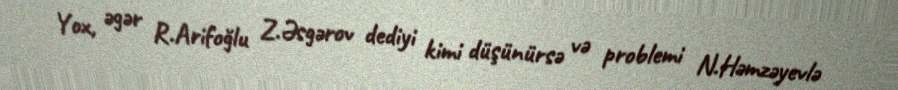
Yox, əgər R.Arifoğlu Z.Əsgərov dediyi kimi düşünürsə və problemi N.Həmzəyevlə